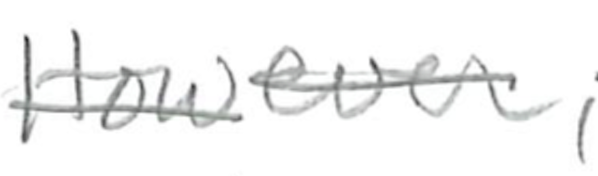
Text: However,
Cross-out: single-line
Writing tool: pencil